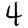
Digit: 4